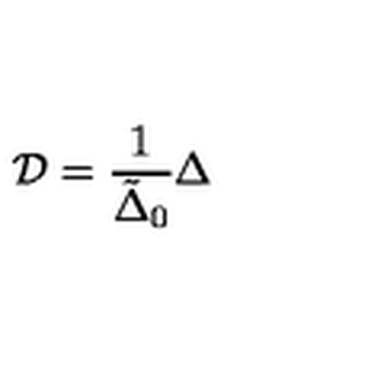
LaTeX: \mathrm { \boldmath { { \cal D } } } = { \frac { 1 } { \tilde { \Delta } _ { 0 } } } \mathrm { \boldmath { \Delta } }